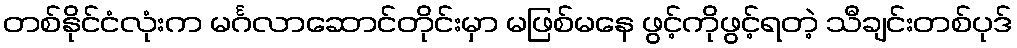
တစ်နိုင်ငံလုံးက မင်္ဂလာဆောင်တိုင်းမှာ မဖြစ်မနေ ဖွင့်ကိုဖွင့်ရတဲ့ သီချင်းတစ်ပုဒ်